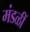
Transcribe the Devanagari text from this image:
मंडळीं